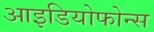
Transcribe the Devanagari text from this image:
आइडियोफोन्स